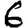
Digit: 6